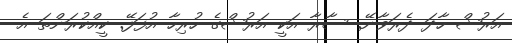
އަރުޝް ހާދަ ދެރަވާނޭ